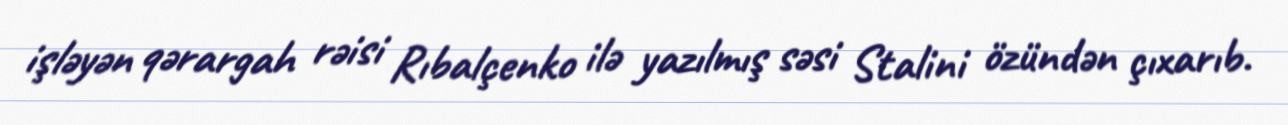
işləyən qərargah rəisi Rıbalçenko ilə yazılmış səsi Stalini özündən çıxarıb.